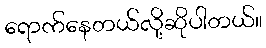
ရောက်နေတယ်လို့ဆိုပါတယ်။